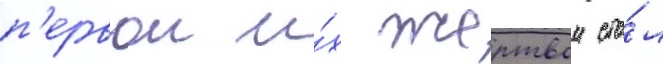
п'ервои и́х жертвои ста́л